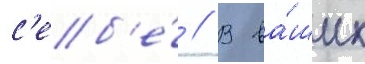
с'еб'е́ // В ва́ших